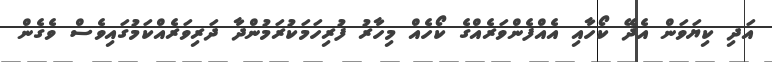
އަދި ކިޔަވަން އެދޭ ކޯހާއި އެއްފެންވަރެއްގެ ކޯހެއް މިހާރު ފުރިހަމަކުރަމުންދާ ދަރިވަރެއްކަމުގައިވެސް ވެގެން